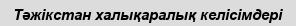
Тәжікстан халықаралық келісімдері